King Institute of Preventive Medicine Bacteriolog. Section reports 1907-08
Year: 1907
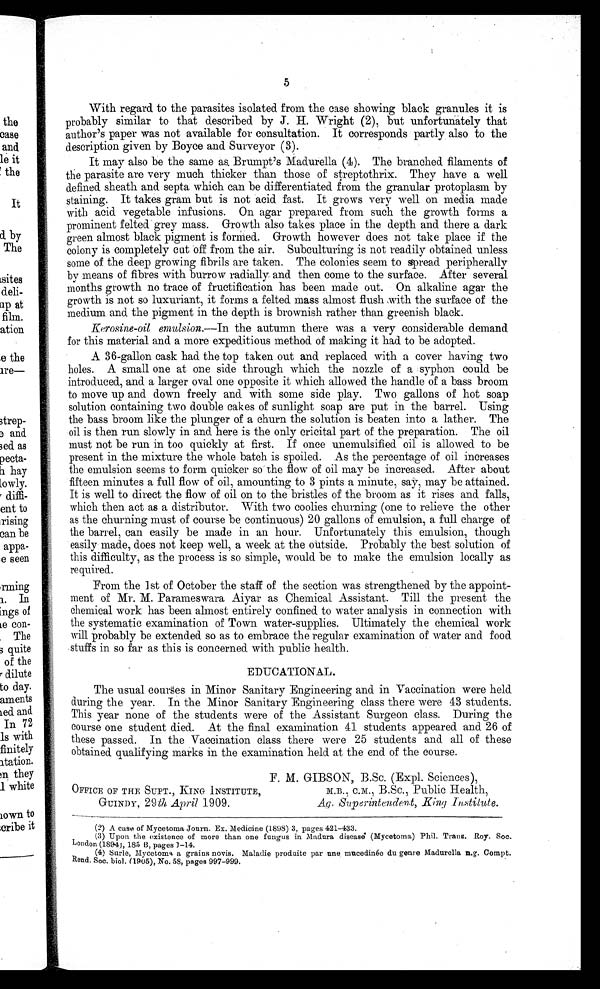
5
With regard to the parasites isolated from the case showing black granules it is
probably similar to that described by J. H. Wright (2), but unfortunately that
author's paper was not available for consultation. It corresponds partly also to the
description given by Boyce and Surveyor (3).
It may also be the same as. Brumpt's Madurella (4). The branched filaments of
the parasite are very much thicker than those of streptothrix. They have a well
defined sheath and septa which can be differentiated from the granular protoplasm by
staining. It takes gram but is not acid fast. It grows very well on media made
with acid vegetable infusions. On agar prepared from such the growth forms a
prominent felted grey mass. Growth also takes place in the depth and there a dark
green almost black pigment is formed. Growth however does not take place if the
colony is completely cut Off from the air. Subculturing is not readily obtained unless
some of the deep growing fibrils are taken. The colonies seem to spread peripherally
by means of fibres with burrow radially and then come to the surface. After several
months growth no trace of fructification has been made out. On. alkaline agar the
growth is not so luxuriant, it forms a felted mass almost flush with the surface of the
medium and the pigment in the depth is brownish rather than greenish black.
Kerosine-oil emulsion.–– In the autumn there was a very considerable demand
for this material and a more expeditious method of making it had to be adopted.
A 36-gallon cask had the top taken out and. replaced. with a cover having two
holes. A small one at one side through which the nozzle of a syphon could be
introduced, and a larger oval one opposite it which allowed the handle of a bass broom
to move up and down freely and. with some side play. Two gallons of hot soap
solution containing two double cakes of sunlight soap are put in the barrel. Using
the bass broom like the plunger of a churn the solution is beaten into a lather. The
oil is then run slowly in and. here is the only cricital part of the preparation. The oil
must not be run in too quickly at first. If once unemulsified oil is allowed to be
present in the mixture the whole batch is spoiled. .As the percentage of oil increases
the emulsion seems to form quicker so the flow of oil may be increased. After about
fifteen minutes a full flow of oil, amounting to 3 pints a minute, say, may be attained.
It is well to direct the flow of oil on to the bristles of the broom as it rises and. falls,
which then act as a distributor. With two coolies churning (one to relieve the other
as the churning must of course be continuous) 20 gallons of emulsion, a full charge of
the barrel, can easily be made in an hour. Unfortunately this emulsion, though
easily made, does not keep well, a week at the outside. Probably the best solution of
this difficulty, as the process is so simple, would be to make the emulsion locally as
required.
From the 1st of October the staff of the section was strengthened by the appoint-
ment of Mr. M. Parameswara Aiyar as Chemical Assistant. Till the present the
chemical work has been almost entirely confined. to water analysis in connection with
the systematic examination of Town water-supplies. Ultimately the chemical work
will probably be extended. so as to embrace the regular examination of water and food.
stuffs in so far as this is concerned. with public health.
EDUCATIONAL.
The usual courses in Minor Sanitary Engineering and. in Vaccination were held
during the year. In the Minor Sanitary Engineering class there were 43 students.
This year none of the students were of the Assistant Surgeon class. During the
course one student died. At the final examination 41 students appeared and 26 of
these passed. In the Vaccination class there were 25 students and all of these
obtained. qualifying marks in the examination held at the end. of the course.
F. M. GIBSON, B.Sc. (Expl. Sciences),
OFFICE OF THE SUPT., KING INSTITUTE,
M.B., C.M., B.Sc., Public Health,
GUINDY, 29th April 1909.
Ag. Superintendent, King Institute.
(2) A case of Mycetoma Journ. Ex. Medicine (1898) 3, pages 421-433.
(3) Upon the existence of more than one fungus in Madura disease (Mycetoma) Phil. Trans. Roy. Soc.
London (1894), 185 B, pages 1-14.
(4)
Surle, Mycetoma a grains novis. Maladie produite par une mucedinee du genre Madurella n.g. Compt.
Rend. Soc. biol. (1905), No. 58, pages 997-999.